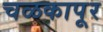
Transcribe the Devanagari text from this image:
चळकापूर